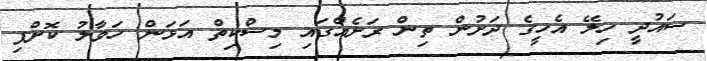
ސައުދީ ހިލޭ އެހީގެ ދަށުން ތިން ރަށެއްގައި މިސްކިތް އަޅަން ހަވާލު ކޮށްފި